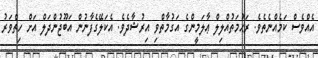
އެއްވެސް ކަމެއްނެތެވެ. ރަޙުމަތުއްލިލް ޢާލަމީންގެ އަގުމާތްވި އިރުޝާދެވެ. އެކަލޭގެފާނުން އަބޫޖުންދަލް އަށް ހިތްވަރު